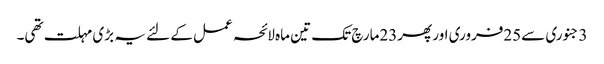
3 جنوری سے25فروری اور پھر23مارچ تک تین ماہ لائحہ عمل کے لئے یہ بڑی مہلت تھی۔